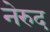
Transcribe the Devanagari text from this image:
नेरुद